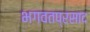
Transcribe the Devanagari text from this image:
भगवतप्रसाद